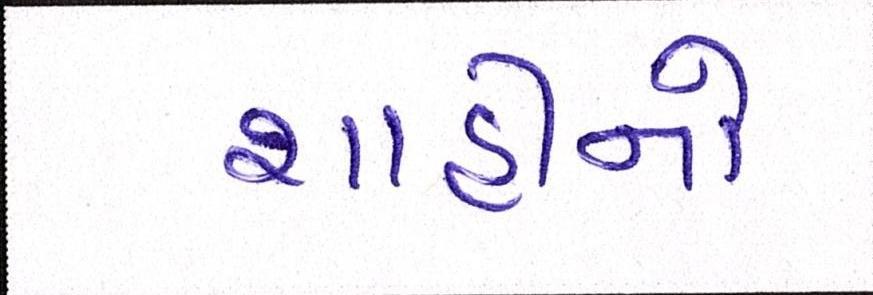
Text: શાહીનો